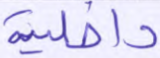
داخلية